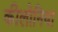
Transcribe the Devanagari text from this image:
कीलोनिया